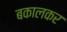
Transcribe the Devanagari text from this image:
बकालकर